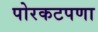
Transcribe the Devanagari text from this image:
पोरकटपणा